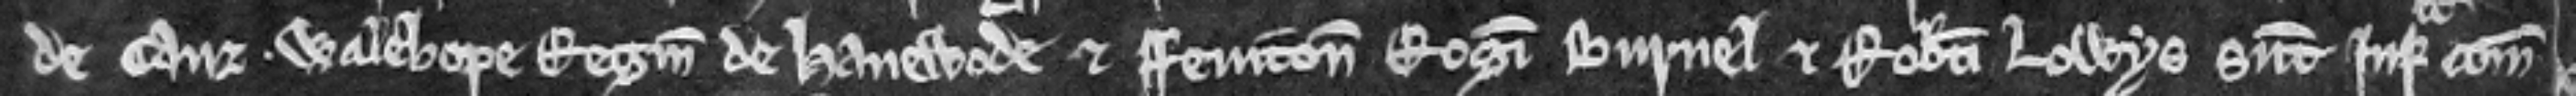
de Cauz. Walehope Reginaldi de Hanewode et Feniton Rogeri Burnel et Roberti Lowys sunt infra comitatum